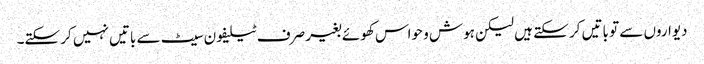
دیواروں سے تو باتیں کر سکتے ہیں لیکن ہوش و حواس کھوئے بغیر صرف ٹیلیفون سیٹ سے باتیں نہیں کر سکتے۔